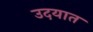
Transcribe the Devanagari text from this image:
उदयात